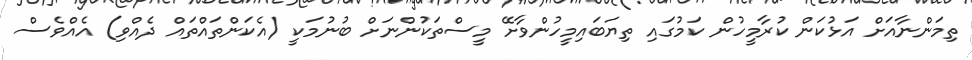
ތިމަންނާއަށް އަޅުކަން ކުރާމީހުން ކަމުގައި ތިޔަބައިމީހުންވާށޭ މީސްތަކުންނަށް ބުނުމަކީ (އެކަންތައްތައް ދެއްވި) އެއްވެސް